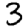
Digit: 3